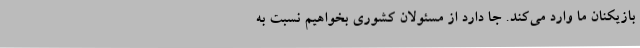
بازیکنان ما وارد می‌کند. جا دارد از مسئولان کشوری بخواهیم نسبت به